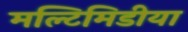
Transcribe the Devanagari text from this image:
मल्टिमिडीया